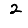
Digit: 2